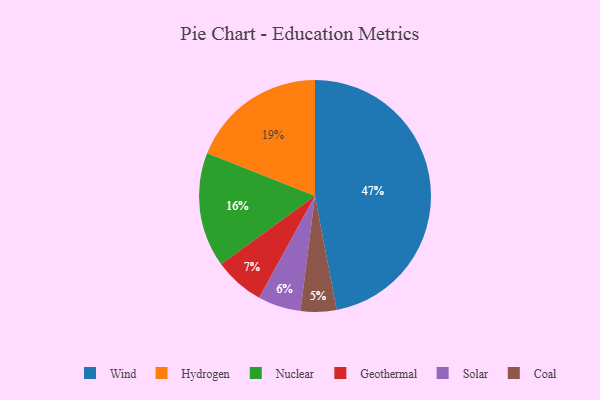
{"axis": {"x": "Category", "y": "Percentage"}, "legend": ["Coal", "Geothermal", "Hydrogen", "Nuclear", "Solar", "Wind"], "data": [{"x": "Hydrogen", "y": 19, "type": "Hydrogen"}, {"x": "Coal", "y": 5, "type": "Coal"}, {"x": "Wind", "y": 47, "type": "Wind"}, {"x": "Nuclear", "y": 16, "type": "Nuclear"}, {"x": "Geothermal", "y": 7, "type": "Geothermal"}, {"x": "Solar", "y": 6, "type": "Solar"}]}